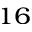
^ { 1 6 }